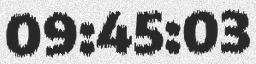
09:45:03